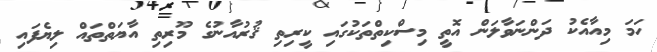
ހަމަ މިއާއެކު ދަންނަވާލަން އޮތީ މިސްކިތްތަކުގައި ކީރިތި ޤުރުއާނުގެ މޫރިތި އާޔަތްތައް ލިޔެފައި